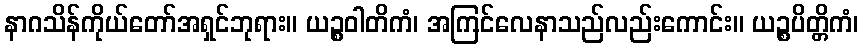
နာဂသိန်ကိုယ်တော်အရှင်ဘုရား။ ယဉ္စဝါတိကံ၊ အကြင်လေနာသည်လည်းကောင်း။ ယဉ္စပိတ္တိကံ၊